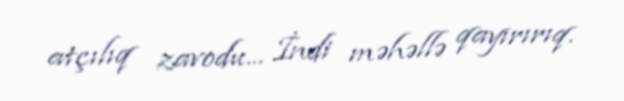
atçılıq zavodu... İndi məhəllə qayırırıq.